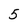
Character: 5